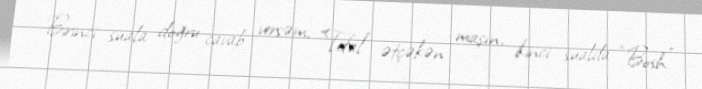
Birinci suala doğru cavab versəm, “Tefal” ətçəkən maşın, ikinci sualda “Bosh”